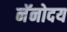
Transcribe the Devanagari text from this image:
नॅनोदय